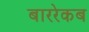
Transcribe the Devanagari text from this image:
बाररेकब